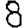
Digit: 8